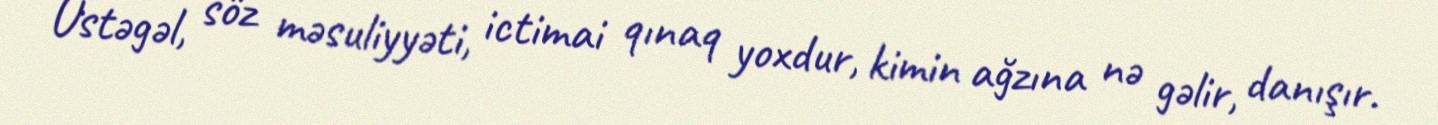
Üstəgəl, söz məsuliyyəti, ictimai qınaq yoxdur, kimin ağzına nə gəlir, danışır.